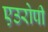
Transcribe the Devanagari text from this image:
एउरोपी